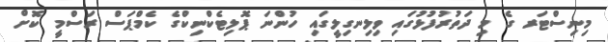
މިނިސްޓަރ ގެ މި ދަތުރުފުޅުގައި ވިލިނގިލީގައި ހުންނަ ޕޮލިޓެކްނިކްގެ ކެމްޕަސް ރަސްމީ ކޮށް